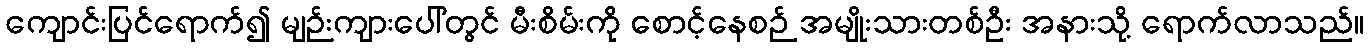
ကျောင်းပြင်ရောက်၍ မျဉ်းကျားပေါ်တွင် မီးစိမ်းကို စောင့်နေစဉ် အမျိုးသားတစ်ဦး အနားသို့ ရောက်လာသည်။